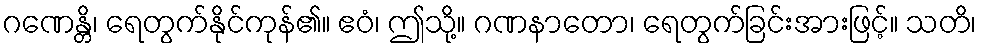
ဂဏေန္တိ၊ ရေတွက်နိုင်ကုန်၏။ ဧဝံ၊ ဤသို့။ ဂဏနာတော၊ ရေတွက်ခြင်းအားဖြင့်။ သတိ၊